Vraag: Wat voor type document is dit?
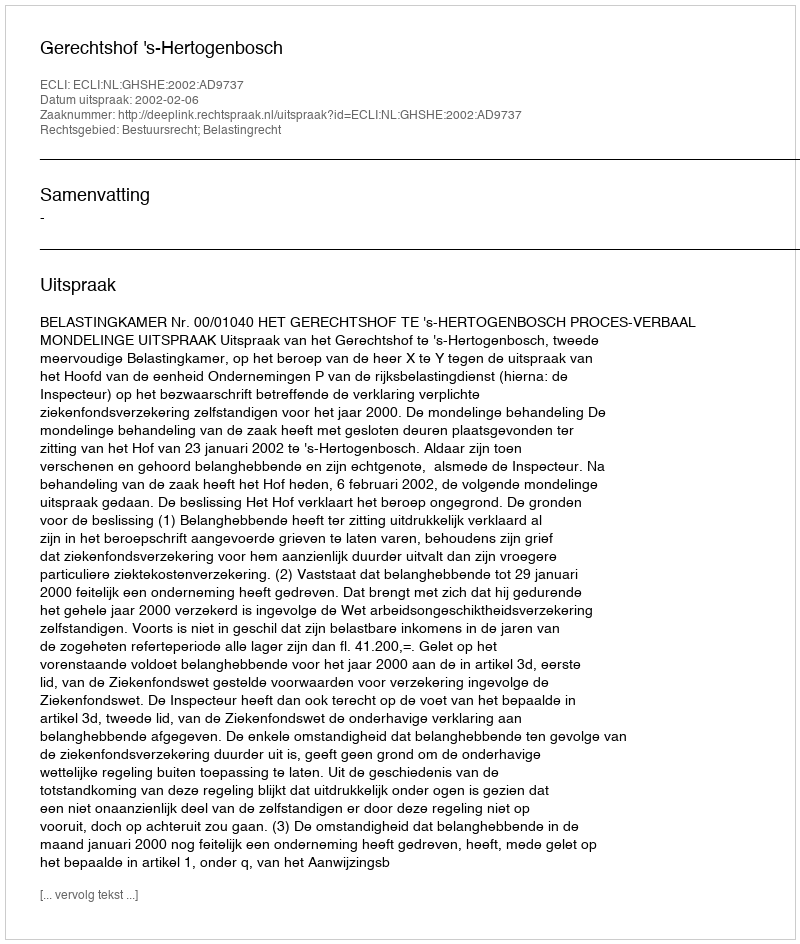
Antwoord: Uitspraak